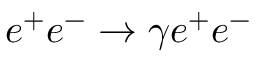
e ^ { + } e ^ { - } \to \gamma e ^ { + } e ^ { - }